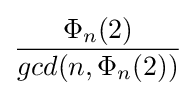
{\frac {\Phi _{n}(2)}{gcd(n,\Phi _{n}(2))}}